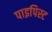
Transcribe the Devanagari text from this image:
पाइपिस्ट